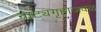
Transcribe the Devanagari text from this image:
नाट्यगृहाजवळ